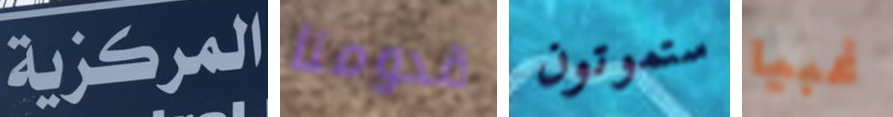
المركزية قدومنا ستموتون غبيا